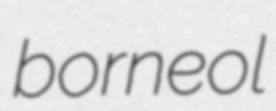
borneol